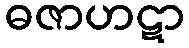
ဓဇာဟဋာ